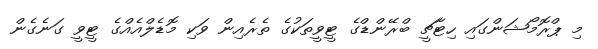
މި ޕްރޮމޯޝަންގައި ހިޓާޗީ ބްރޭންޑްގެ ޓީވީތަކުގެ ތެރެއިން ވަކި މޮޑެލްއެއްގެ ޓީވީ ގަނެގެން